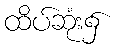
ထိပ်ဆုံး၌